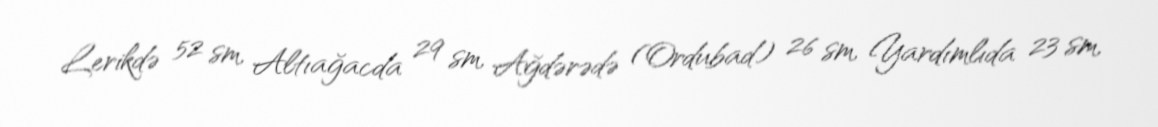
Lerikdə 52 sm, Altıağacda 29 sm, Ağdərədə (Ordubad) 26 sm, Yardımlıda 23 sm,